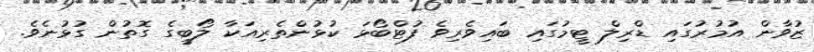
ޒުވާން އުމުރުގައި ޑްރިލް ޓީމުގައި ބައިވެރިވެ ފުޓްބޯޅަ ކުޅުންތެރިއަކާ ލޯބީގެ ގޮތުން ގުޅުނެވެ.